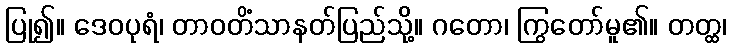
ပြု၍။ ဒေဝပုရံ၊ တာဝတိံသာနတ်ပြည်သို့။ ဂတော၊ ကြွတော်မူ၏။ တတ္ထ၊